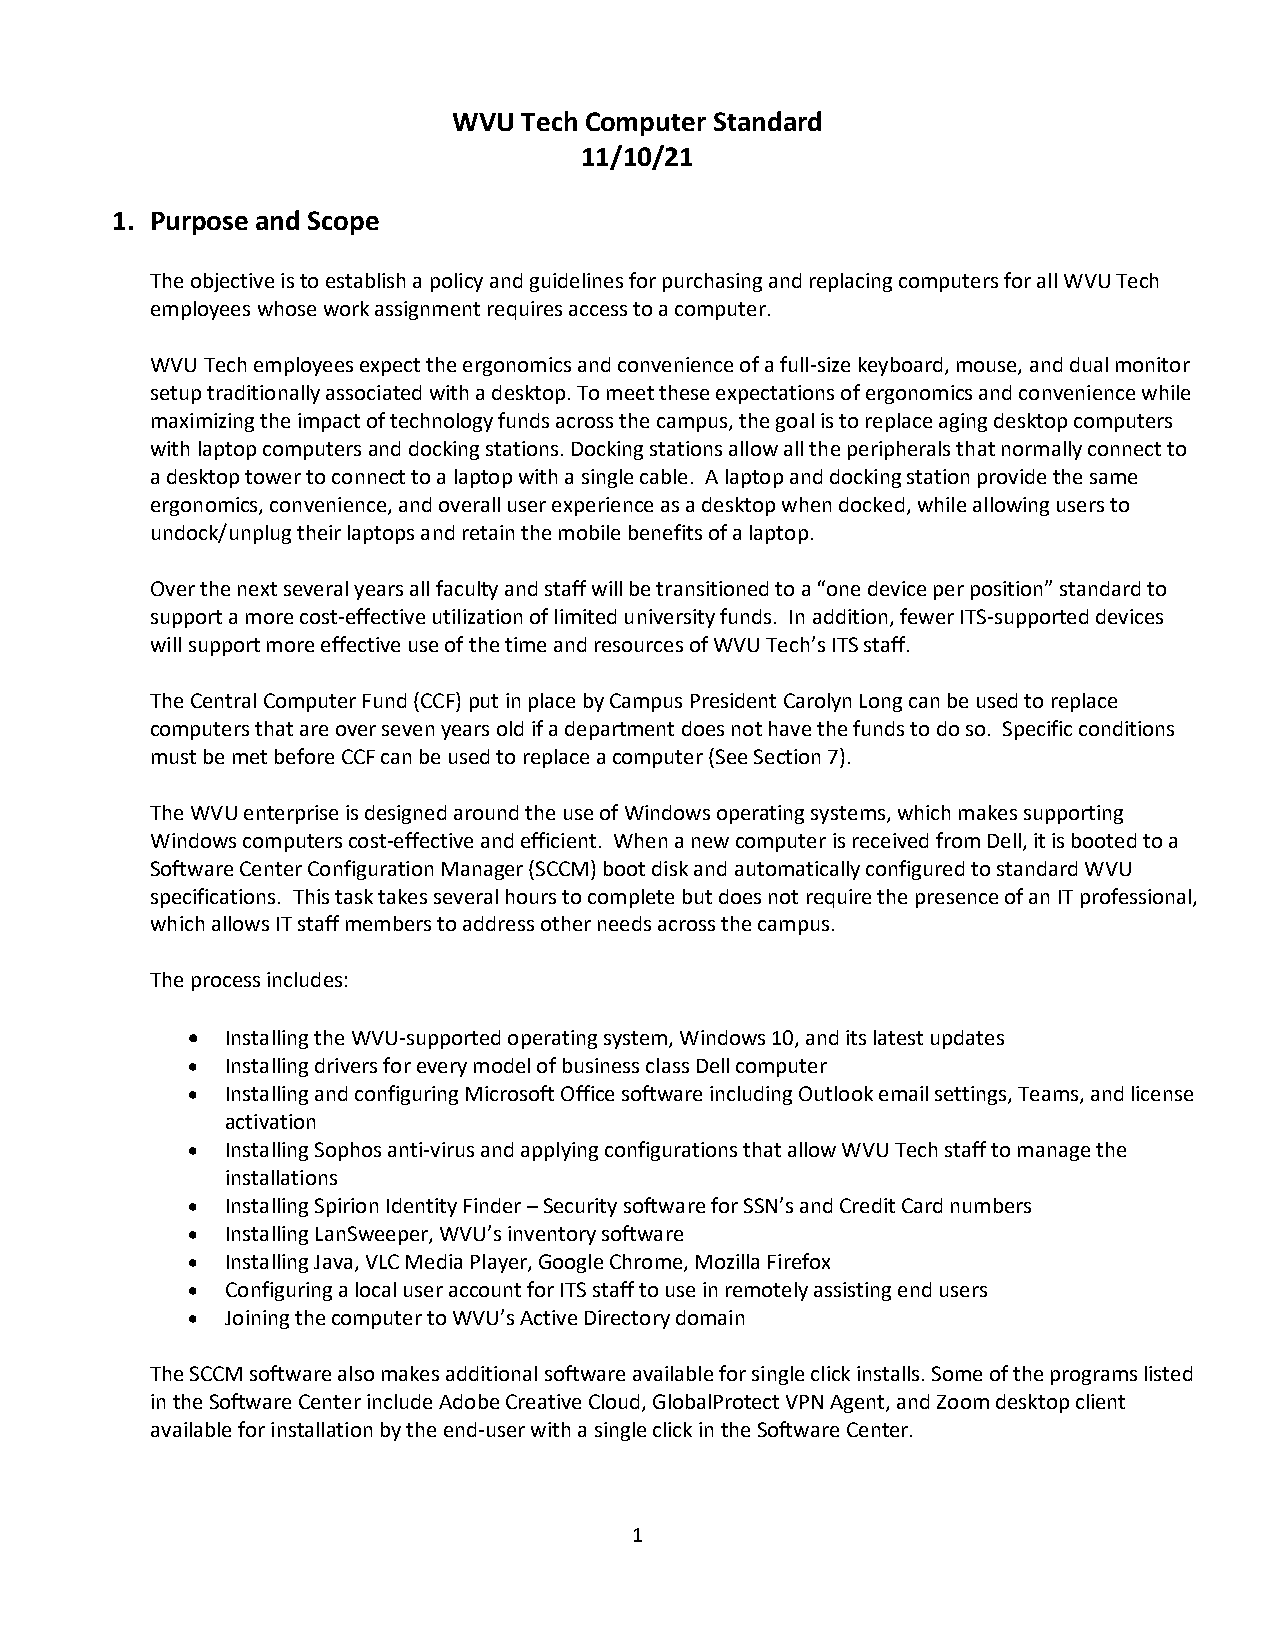
WVU  Tech Computer Standard
 11/10/21
 1. Purpose and Scope
 The objective is to establish a policy and guidelines for purchasing and replacing computers for all WVU Tech
 employees whose work assignment requires access to a computer.
 WVU Tech employees expect the ergonomics and convenience of a full-size keyboard, mouse, and dual monitor
 setup traditionally associated with a desktop. To meet these expectations of ergonomics and convenience while
 maximizing the impact of technology funds across the campus, the goal is to replace aging desktop computers
 with laptop computers and docking stations. Docking stations allow all the peripherals that normally connect to
 a desktop tower to connect to a laptop with a single cable. A laptop and docking station provide the same
 ergonomics, convenience, and overall user experience as a desktop when docked, while allowing users to
 undock/unplug their laptops and retain the mobile benefits of a laptop.
 Over the next several years all faculty and staff will be transitioned to a “one device per position” standard to
 support a more cost-effective utilization of limited university funds. In addition, fewer ITS-supported devices
 will support more effective use of the time and resources of WVU Tech’s ITS staff.
 The Central Computer Fund (CCF) put in place by Campus President Carolyn Long can be used to replace
 computers that are over seven years old if a department does not have the funds to do so. Specific conditions
 must be met before CCF can be used to replace a computer (See Section 7).
 The WVU enterprise is designed around the use of Windows operating systems, which makes supporting
 Windows computers cost-effective and efficient. When a new computer is received from Dell, it is booted to a
 Software Center Configuration Manager (SCCM) boot disk and automatically configured to standard WVU
 specifications. This task takes several hours to complete but does not require the presence of an IT professional,
 which allows IT staff members to address other needs across the campus.
 The process includes:
 •  Installing the WVU-supported operating system, Windows 10, and its latest updates
 •  Installing drivers for every model of business class Dell computer
 •  Installing and configuring Microsoft Office software including Outlook email settings, Teams, and license
 activation
 •  Installing Sophos anti-virus and applying configurations that allow WVU Tech staff to manage the
 installations
 •  Installing Spirion Identity Finder – Security software for SSN’s and Credit Card numbers
 •  Installing LanSweeper, WVU’s inventory software
 •  Installing Java, VLC Media Player, Google Chrome, Mozilla Firefox
 •  Configuring a local user account for ITS staff to use in remotely assisting end users
 •  Joining the computer to WVU’s Active Directory domain
 The SCCM software also makes additional software available for single click installs. Some of the programs listed
 in the Software Center include Adobe Creative Cloud, GlobalProtect VPN Agent, and Zoom desktop client
 available for installation by the end-user with a single click in the Software Center.
 1